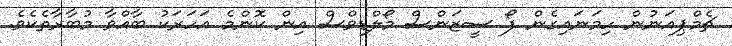
ޗެމްޕިއަނުން ހިމަނައިގެން ފޯ ސީޒަންސް މޯލްޑިވްސް އިން ކޮންމެ އަހަރަކު ބާއްވާ މުބާރާތެކެވެ.